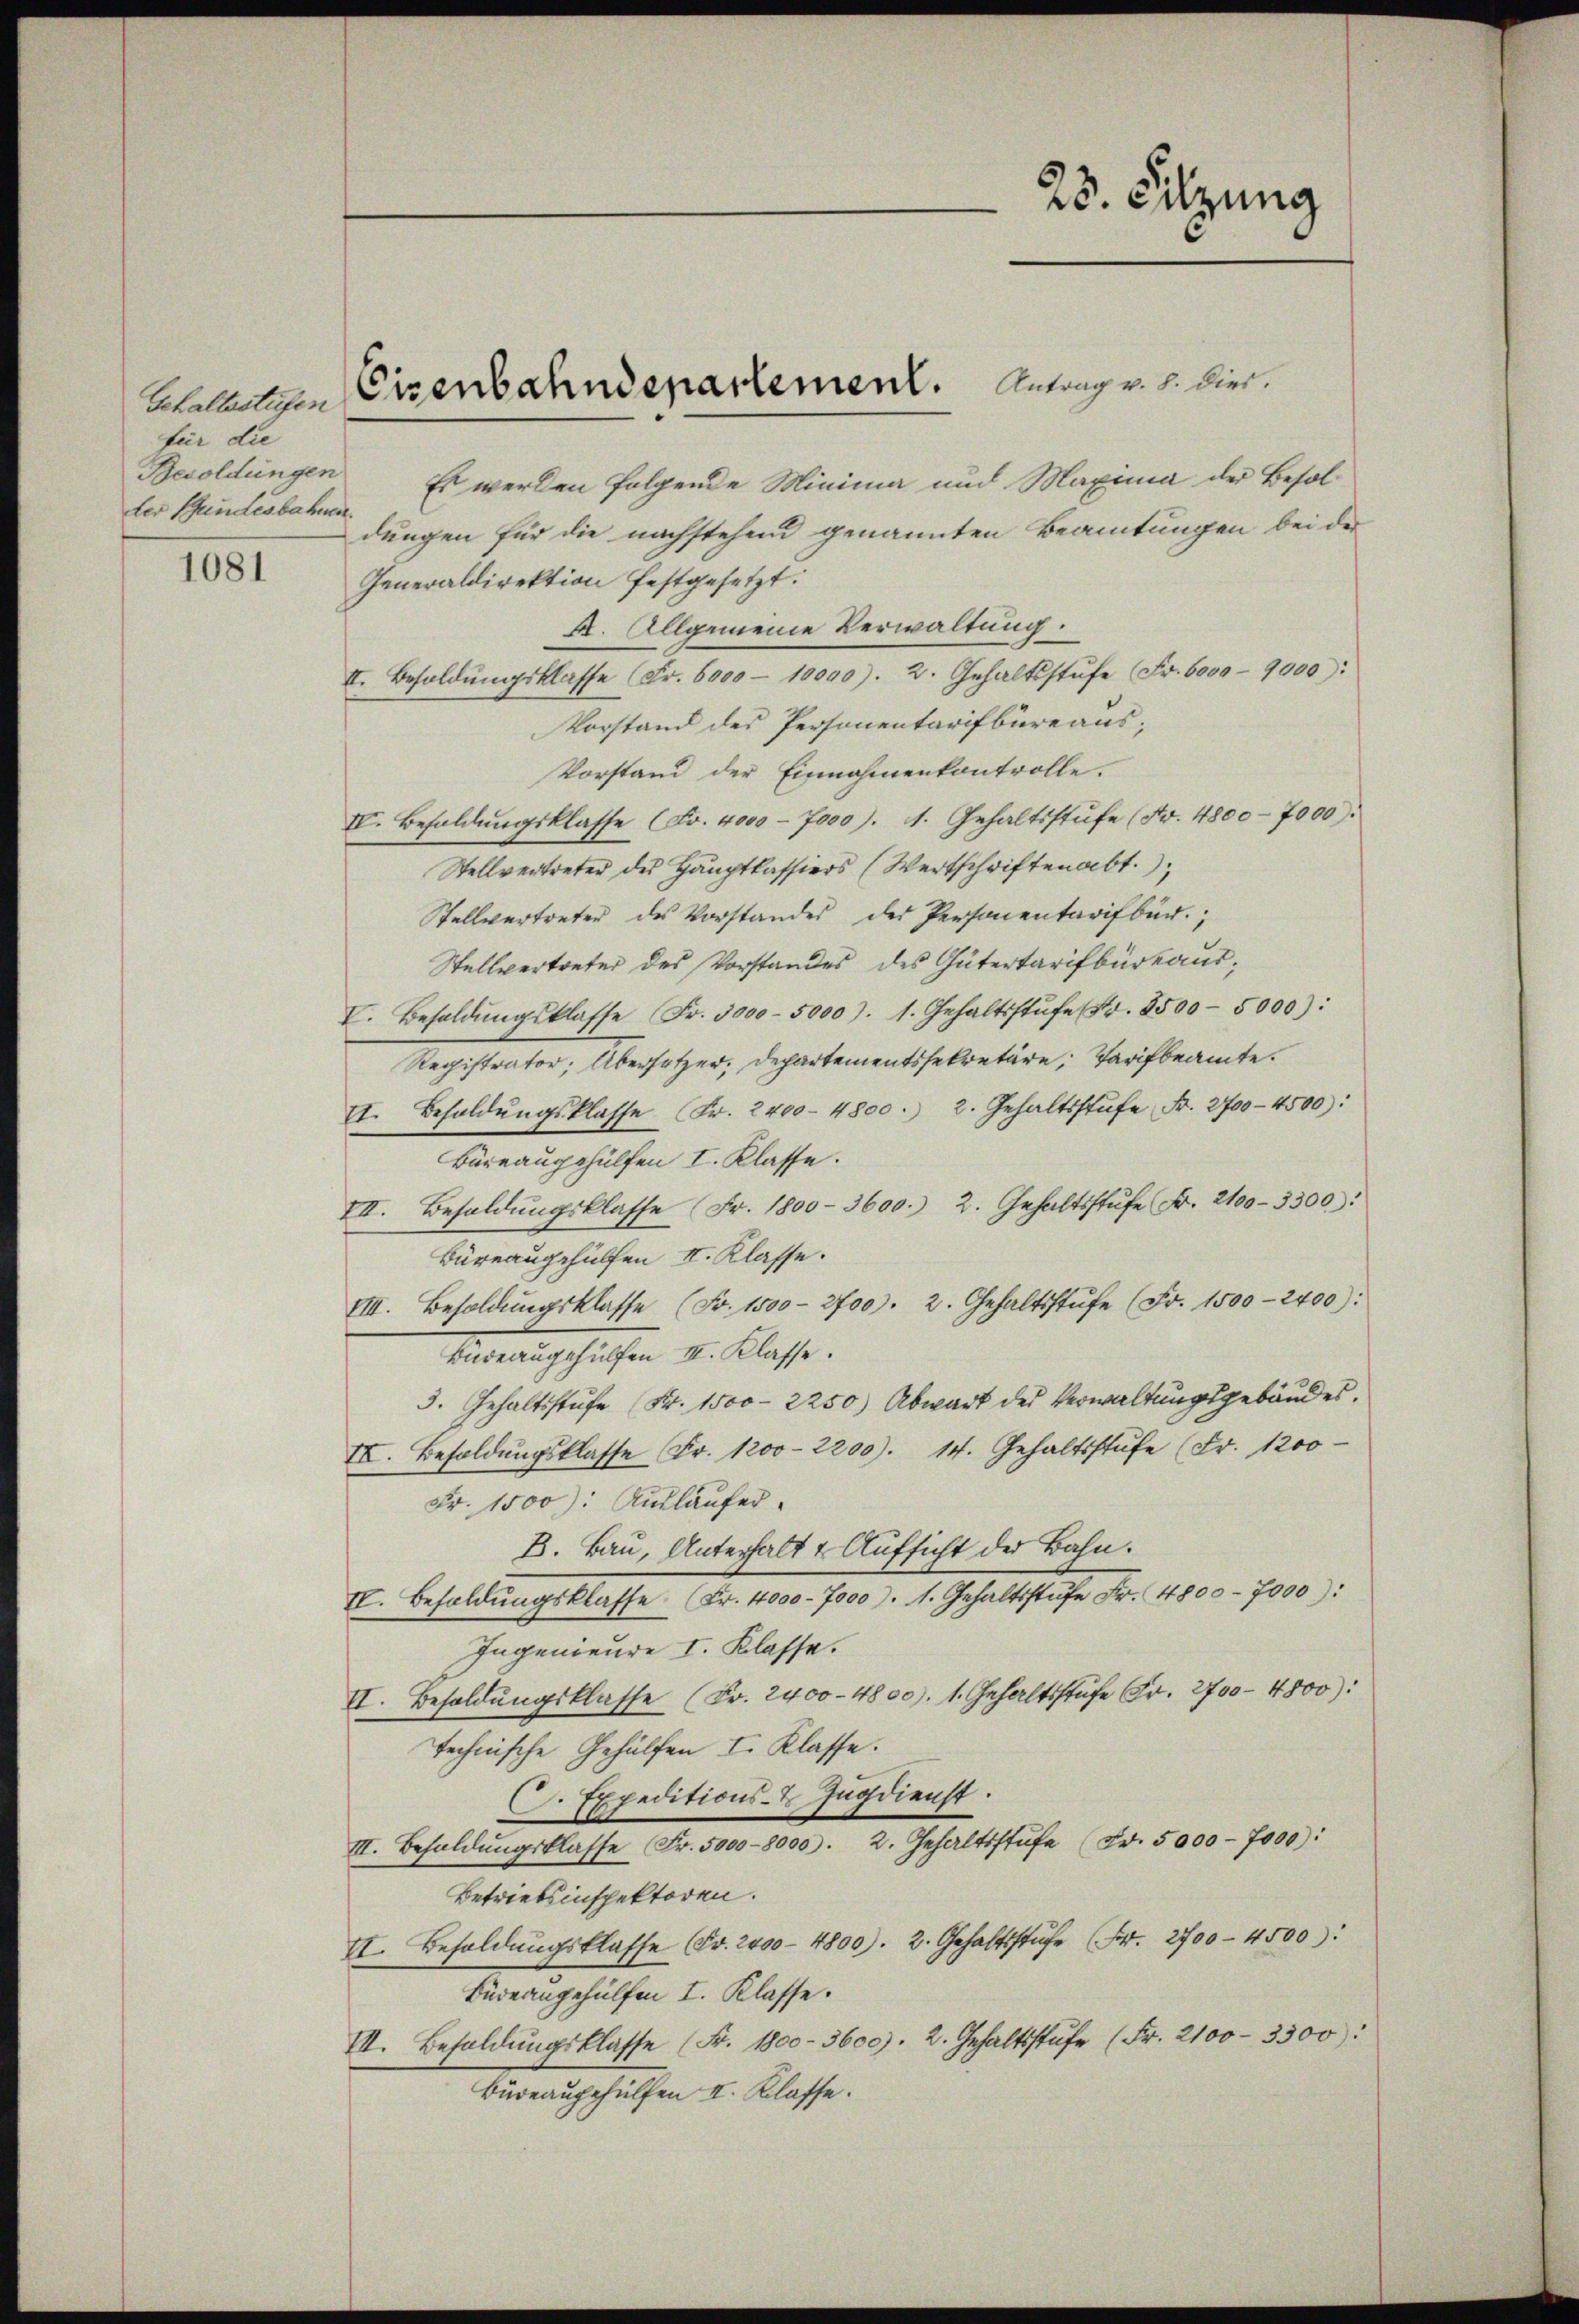
Gehaltsstufen
für die
Besoldungen
der Bundesbahnen.

1081

Cisenbahndepartement.

Es werden folgende Minima und Maxima der Besoldungen für die nachstehend genannten Beamtungen bei der
Generaldirektion festgesetzt.
4. Allgemeine Verwaltung.
II. Besoldŭngsklasse (Fr. 6000 - 10000. 2. Gehaltsstŭfe Fr. 6000 - 9000):
Vorstand des Personentarifbüreaus;
Vorstand der Einnahmenkontrolle.
IV. Befoldŭngsklasse (Fr. 4000 - 7000). A. Gehaltsstufe (Nr. 4800 - 7000).
Stellvertreter des Hauptkassiers (Wertschriften abt.
Stellvertreter des Vorstandes der Personentarifbur
Stellvertreter des Vorstandes des Gütertarifbüreaus;
I. Besoldŭngsklasse Fr. 3000 - 5000). 1. Gehaltsstŭfe (Nr. 8500-5000):
Registrator, Übersetzer. Departementssekretäre, Tarifbeamte
II. Besoldŭngsklasse (Fr. 2400-4800. 2. Gehaltsstufe Fr. 2700-4500):
Büreaugehülfen I. Klasse.
III. Besoldŭngsklasse (Fr. 1800-3600. 2. Gehaltsstŭfe Fr. 2100-3300):
Büreaugehülfen II. Klasse.
VIII. Besoldŭngsklasse (Fr. 1500 - 3700. 2. Gehaltsstŭfe (Fr. 1500-2400):
Badeangehülfen II. Klasse.
3. Gehaltsstufe (Fr. 1500 — 2250) Abwart des Verwaltungsgebäudes.
II. Besoldŭngsklasse (Fr. 1200-2200). 14. Gehaltsstufe (Fr. 1200
Fr. 1500): Ausläufer.
B. Bau, Unterhalt & Aufsicht der Bahn.
IV. Besoldŭngsklasse. (Fr. 4000 - 7000). 1. Gehaltsstufe Fr. 4800 - 7000):
Ingenieure I. Klasse.
II. Besoldŭngsklasse (Fr. 2400-4800. 1. Gehaltsstufe Fr. 2700-4800):
technische Gehülfen I. Klasse.
C. Expeditions- & Zug dienst.
III. Behaldŭngsklasse (Fr. 5000 - 8000. 2. Gehaltsstufe (Fr. 5000 - 7000):
Betriebsinspektoren.
II. Besoldŭngsklasse (Fr. 2400 - 4800). 2. Gehaltsstufe (Fr. 2700 - 4500):
Büdeangehülfen I. Klasse.
III. Besoldŭngsklasse (Fr. 1800-3600). 2. Gehaltsstufe (Fr. 2100-3300):
Büreaugehülfen II. Klasse.

Antrag v. 8. dies.

23. Sitzung